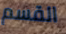
القسم